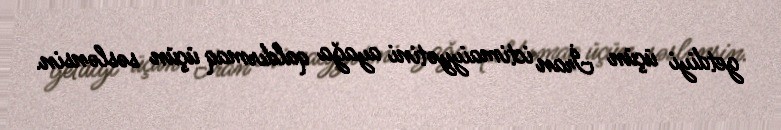
getdiyi üçün İran ictimaiyyətini ayağa qaldırmaq üçün səslənsin.